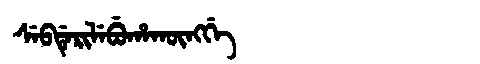
Manchu: ᠰᡝᠪᡩᡝᡵᡳᠯᡝᠪᡠᡥᠠᡴᡡᠩᡤᡝ
Romanization: SEBDERILEBUHAKŪNGGE